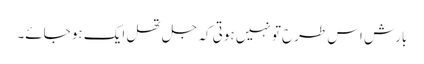
بارش اس طرح تو نہیں ہوتی کہ جل تھل ایک ہو جائے۔